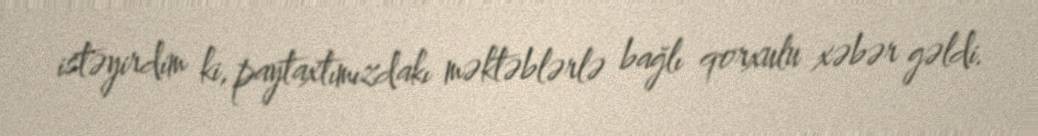
istəyirdim ki, paytaxtımızdakı məktəblərlə bağlı qorxulu xəbər gəldi.